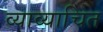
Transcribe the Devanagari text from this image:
व्याव्याचित